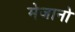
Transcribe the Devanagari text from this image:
मेजानो